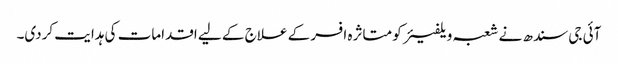
آئی جی سندھ نے شعبہ ویلفیئر کو متاثرہ افسر کے علاج کے لیے اقدامات کی ہدایت کردی۔